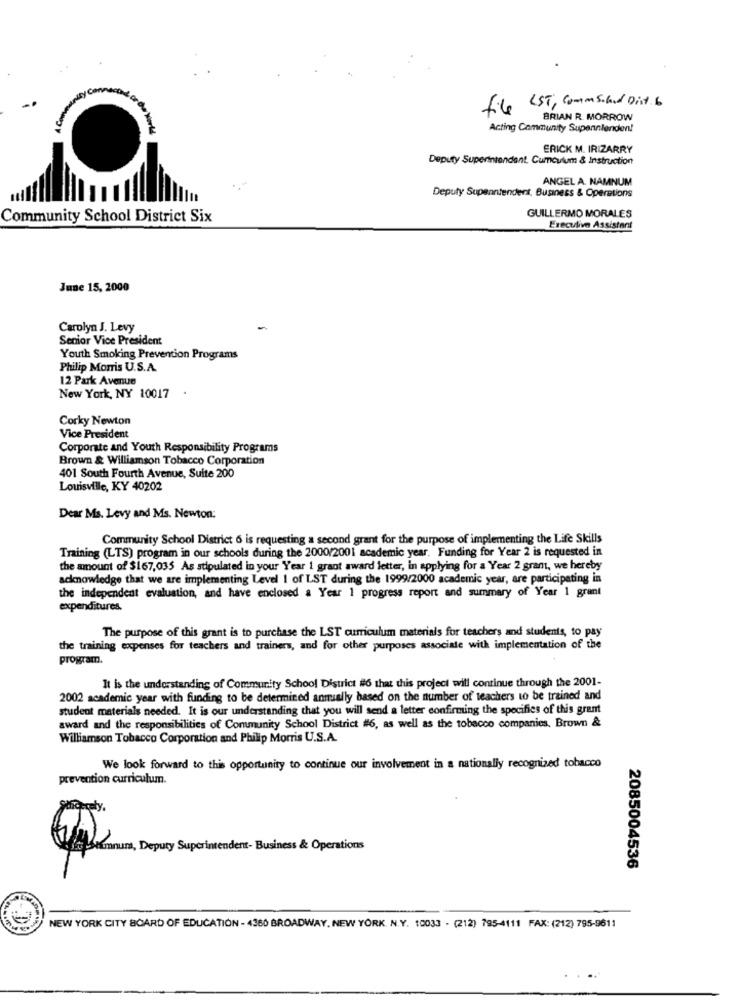
file EST, Comms.led Dist b
BRIAN R. MORROW
Acting Community Supennlenden!
ERICK M. IRIZARRY
Deputy Superintendent Cumculum & Instruction
ANGEL A. NAMNUM
Deputy Supenntendens, Business & Operations
Community School District Six
GUILLERMO MORALES
Executive Assistant
June 15, 2000
Carolyn J. Levy
Senior Vice President
Youth Smoking Prevention Programs
Philip Morris U.S.A.
12 Park Avenue
New York, NY 10017
Corky Newton
Vice President
Corporate and Youth Responsibility Programs
Brown & Williamson Tobacco Corporation
401 South Fourth Avenue, Suite 200
Louisville, KY 40202
Dear Ms. Levy and Ms. Newton:
Community School District 6 is requesting a second grant for the purpose of implementing the Life Skills
Training (LTS) program in our schools during the 2000/2001 academic year. Funding for Year 2 is requested in
the amount of $167,035 As stipulated in your Year 1 grant award letter, in applying for a Year 2 grant, we hereby
acknowledge that we are implementing Level 1 of LST during the 1999/2000 academic year, are participating in
the independent evaluation, and have enclosed a Year 1 progress report and summary of Year 1 grant
expenditures.
The purpose of this grant is to purchase the LST curriculum materials for teachers and students, to pay
the training expenses for teachers and trainers, and for other purposes associate with implementation of the
program.
It is the understanding of Community School District #6 that this project will continue through the 2001-
2002 academic year with funding to be determined annually based on the number of teachers to be trained and
student materials needed. It is our understanding that you will send a letter confirming the specifics of this grant
award and the responsibilities of Community School District #6, as well as the tobacco companies, Brown &
Williamson Tobacco Corporation and Philip Morris U.S.A.
We look forward to this opportunity to continue our involvement in a nationally recognized tobacco
prevention curriculum.
fitsumnum, Deputy Superintendent- Business & Operations
2085004536
NEW YORK CITY 8CARD OF EDUCATION - 4360 BROADWAY, NEW YORK. N.Y. 10033 - (212) 795-4111 FAX: (212) 795-9611